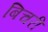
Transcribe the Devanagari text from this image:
बिचरी